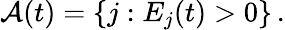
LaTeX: \mathcal{A}(t)=\{ j:E_{j}(t)>0\} \, .